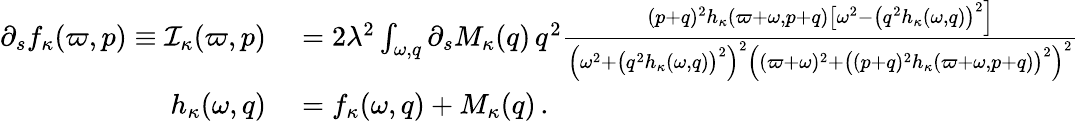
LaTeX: \begin{array}{rl}{\partial_{s}f_{\kappa}(\varpi,p)\equiv{\cal I}_{\kappa}(\varpi,p)}&{{}=2\lambda^{2}\int_{\omega,q}\partial_{s}M_{\kappa}(q)\, q^{2}\frac{(p+q)^{2}h_{\kappa}(\varpi+\omega,p+q)\big[\omega^{2}-\big(q^{2}h_{\kappa}(\omega,q)\big)^{2}\Big]}{\Big(\omega^{2}+\big(q^{2}h_{\kappa}(\omega,q)\big)^{2}\Big)^{2}\Big((\varpi+\omega)^{2}+\big((p+q)^{2}h_{\kappa}(\varpi+\omega,p+q)\big)^{2}\Big)^{2}}\, }\\ {h_{\kappa}(\omega,q)}&{{}=f_{\kappa}(\omega,q)+M_{\kappa}(q)\, .}\end{array}